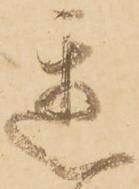
遅